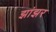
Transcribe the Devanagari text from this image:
झांझर